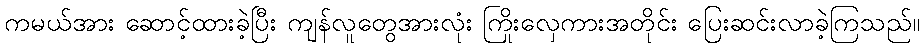
ကမယ်အား ဆောင့်ထားခဲ့ပြီး ကျန်လူတွေအားလုံး ကြိုးလှေကားအတိုင်း ပြေးဆင်းလာခဲ့ကြသည်။